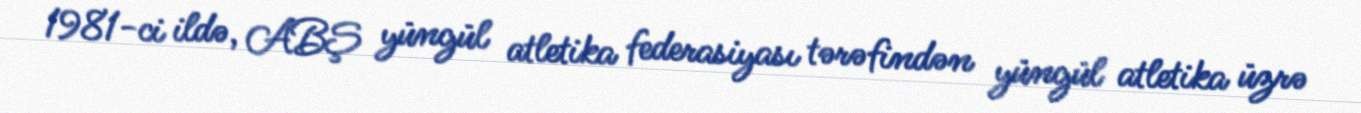
1981-ci ildə, ABŞ yüngül atletika federasiyası tərəfindən yüngül atletika üzrə